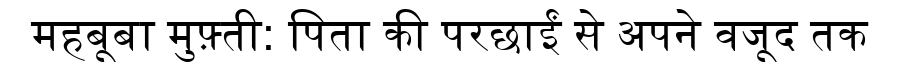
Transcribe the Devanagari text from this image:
महबूबा मुफ़्ती: पिता की परछाईं से अपने वजूद तक